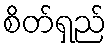
စိတ်ရှည်